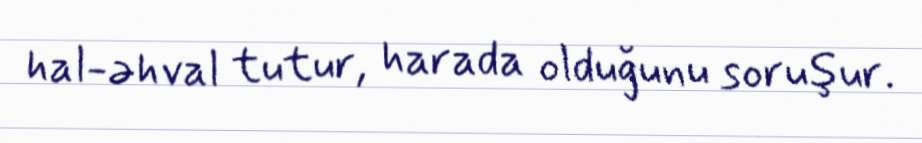
hal-əhval tutur, harada olduğunu soruşur.